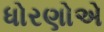
ધોરણોએ